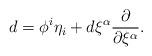
LaTeX: \begin{align*}d = \phi^i \eta_i + d\xi^{\alpha} \frac{\partial}{\partial \xi^{\alpha}}.\end{align*}